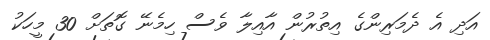
އަދި އެ ދެމަރިންގެ އިތުރުން އާއިލާ ވެސް ހިމެނޭ ގޮތަށް 30 މީހަކު